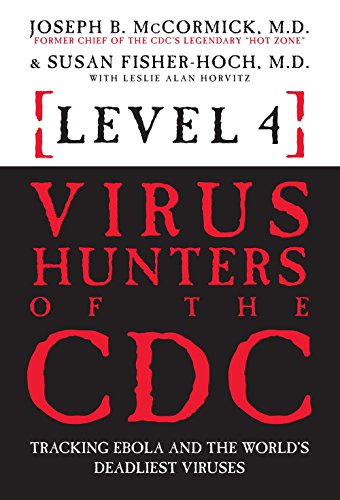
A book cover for Level 4: Virus Hunters of the CDC: Tracking Ebola and the WorldEEs Deadliest Viruses; Joseph B. McCormick; Medical Books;